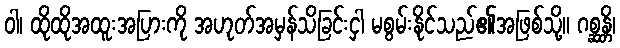
ဝါ၊ ထိုထိုအထူးအပြားကို အဟုတ်အမှန်သိခြင်းငှါ မစွမ်းနိုင်သည်၏အဖြစ်သို့။ ဂစ္ဆန္တိ၊